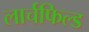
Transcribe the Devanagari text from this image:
लार्चफिल्ड